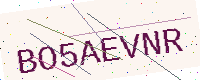
Text: BO5AEVNR